Vaccination in Bombay 1889-1901 - 1889-1901
Year: 1889
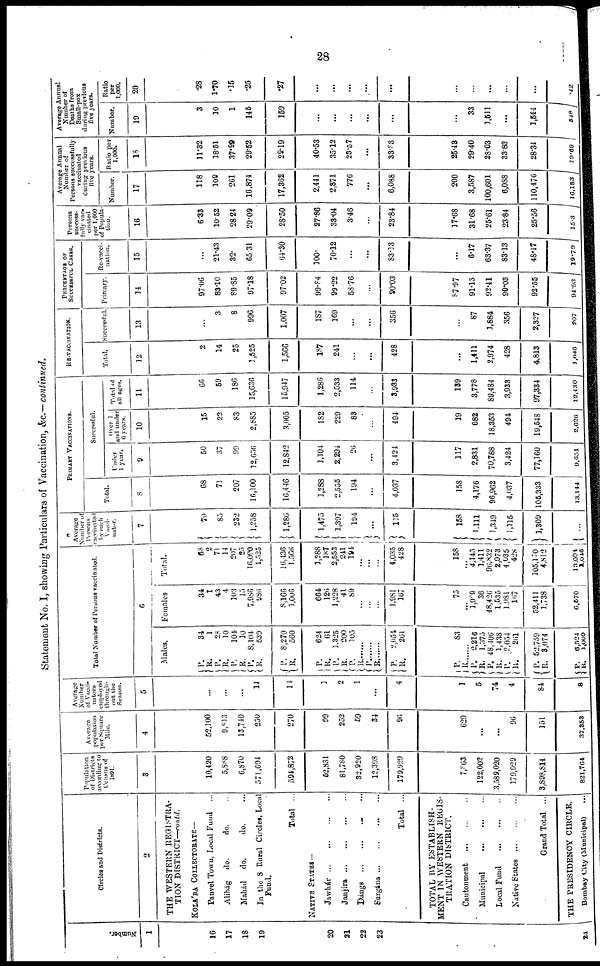
28
Statement No. I, showing Particulars of Vaccination, &c.—continued.
Number.
1
16
17
18
19
20
21
22
23
24
Circles and Districts.
2
THE WESTERN REGISTRA-
TION DISTRICT—contd.
KOLA'BA COLLECTORATE—
Panvel Town, Local Fund ...
Alibág do.
do. ...
Mahád
do.
do. ...
In the 8 Rural Circles, Local
Fund.
Total ...
NATIVE STATES—
Jawhár ... ... ... ...
Janjira
...
...
...
...
Dángs ... ... ... ...
Surgána
...
...
...
...
Total ...
TOTAL BY ESTABLISH-
MENT IN WESTERN REGIS-
TRATION DISTRICT.
Cantonment
...
...
...
Municipal
...
...
...
Local Fund
...
...
...
Native States
...
...
...
Grand Total ...
THE PRESIDENCY CIRCLE.
Bombay City (Municipal)
...
Population
of Districts
according to
Census of
1891.
3
10,420
5,888
6,870
571,694
594,872
52,831
81,780
32,920
12,398
179,929
7,863
122,002
3,589,020
179,929
3,893,814
821,764
Average
population
per Square
Mile.
4
52,100
9,813
13,740
250
270
99
252
59
34
96
629
...
...
96
151
37,853
Average
Number
of Vacci-
nators
employed
through-
out the
Season.
5
...
...
...
14
14
1
2
1
...
4
1
5
74
4
84
8
Total Number of Persons vaccinated.
6
Males.
P.
R.
P.
R.
P.
R.
P.
R.
P.
R.
P.
R.
P.
R.
P.
34
1
28
10
104
10
8,104
539
8,270
560
624
61
1,325
200
105
R......
P.......
R.......
P.
R.
P.
2,054
261
83
R
P.
R.
P.
R.
P.
R.
P.
R.
P.
R.
2,216
1,375
48,406
1,438
2,054
261
52,759
3,074
6,524
1,000
Females
34.
1
43
4
103
15
7,986
986
8,166
1,006
664
126
1,228
41
89
...
...
...
1,981
167
75
... 1,909
36
48,426
1,535
1,981
167
52,411
1,738
6,570
Total.
68
2
71
14
207
25
16,090
1,525
16,436
1,566
1,288
187
2,553
241
194
...
...
...
4,035
428
158
...
4,145
1,411
96,832
2,973
4,035
428
105,170
4,812
13,094
1,046
Average
Number of
Persons
vaccinated
by each
Vacci-
nator.
7
70
85
232
1,258
1,286
1,475
1,397
194
...
115
158
1,111
1,349
1,115
1,309
...
PRIMARY VACCINATIONS.
Total.
8
68
71
207
16,100
16,446
1,288
2,555
194
...
4,037
158
4,176
96,962
4,037
105,333
13,144
Successful.
Under
1 year.
9
50
37
99
32,656
12,842
1,104
2,294
26
...
3,424
117
2,831
70,788
3,424
77,160
9,651
Over 1
and under
6 years.
10
15
22
83
2,885
3,005
182
229
83
...
494
19
682
18,353
494
19,548
2,626
Total of
all ages.
11
66
59
186
15,636
15,947
1,286
2,533
114
...
3,933
139
3,778
89,484
3,933
97,334
12,430
RE-VACCINATION.
Total.
12
2
14
25
1,525
1,566
187
241
...
...
428
...
1,411
2,974
428
4,813
1,046
Successful.
13
...
3
8
996
1,007
187
169
...
...
356
...
87
1,884
356
2,327
207
PERCENTAGE OF
SUCCESSFUL CASES.
Primary.
14
97.06
83.10
89.85
97.18
97.02
99.84
99.22
58.76
...
90.03
87.97
91.15
92.41
90.03
92.55
94.93
Re-vacci-
nation.
15
...
21.43
32.
65.31
64.30
100.
70.12
...
...
83.13
...
6.17
63.37
83.13
48.17
19.79
Persons
success-
fully vac-
cinated
per 1,000
of Popula-
tion
16
6.33
10.52
28.24
29.09
28.50
27.86
33.04
3.46
...
23.84
17.68
31.68
25.61
23.84
25.56
15.3
Average Annual
Number of
Persons successfully
vaccinated
during previous
five years.
Number.
17
118
109
261
16,874
17,362
2,441
2,871
776
...
6,088
200
3,587
100,601
6,088
110,476
16,183
Ratio per
1,000.
18
11.32
18.51
37.99
29.52
29.19
40.53
35.12
23.57
...
33.83
25.43
29.40
28.03
33.83
28.34
19.60
Average Annual
Number of
Deaths from
Small-pox
during previous
five years.
Number.
19
3
10
1
145
159
...
...
...
...
...
...
33
1,511
...
1,544
848
Ratio
per
1,000.
20
.28
1.70
.15
.25
.27
...
...
...
...
...
...
...
...
...
...
.42